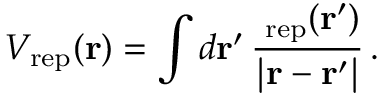
V _ { \mathrm { r e p } } ( { \bf r } ) = \int d \bf { r } ^ { \prime } \, \frac { \rho _ { \mathrm { r e p } } ( \bf { r } ^ { \prime } ) } { | r - r ^ { \prime } | } \, .